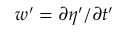
w ^ { \prime } = \partial \eta ^ { \prime } / \partial t ^ { \prime }